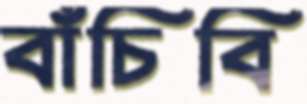
বাঁচিবি